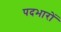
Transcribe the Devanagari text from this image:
पदभारों